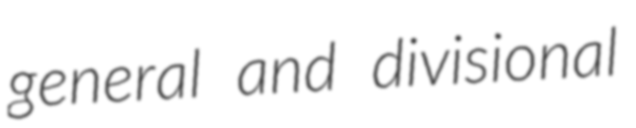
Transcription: general and divisional